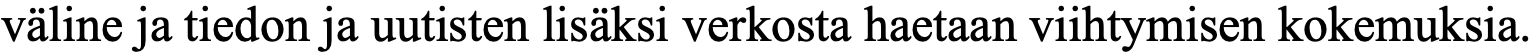
väline ja tiedon ja uutisten lisäksi verkosta haetaan viihtymisen kokemuksia.